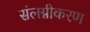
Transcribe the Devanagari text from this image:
संलग्नीकरण